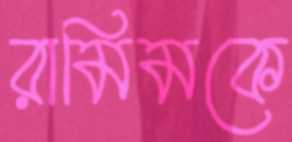
রামিমকে